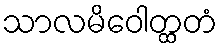
သာလမိဝေါတ္ထတံ